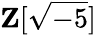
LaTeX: \mathbf{Z}[{\sqrt{-5}}]